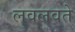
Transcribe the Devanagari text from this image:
लवलवते